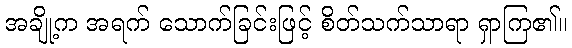
အချို့က အရက် သောက်ခြင်းဖြင့် စိတ်သက်သာရာ ရှာကြ၏။